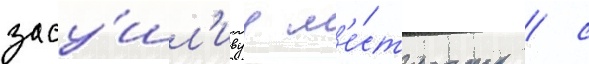
засу́шл'ивуу м'е́стность / с